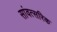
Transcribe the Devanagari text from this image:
सांवत्सरिक